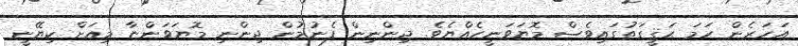
އަހަރެން ހަމަ ޙަޤީގަތުގައިވެސް މޮޔަވަނީހެއްޔެވެ. ޖިންނިން ފެނުމުން ޖިންނި މޮޔަވަންޏާ މިއަށް ކިޔޭނީ